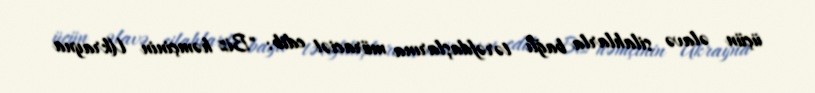
üçün əlavə silahlarla bağlı tərəfdaşlarına müraciət edib: "Biz həmçinin Ukrayna